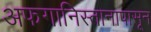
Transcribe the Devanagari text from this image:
अफगानिस्तानापासून